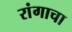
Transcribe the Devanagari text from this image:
रांगाचा